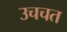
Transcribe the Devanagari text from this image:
उचचत